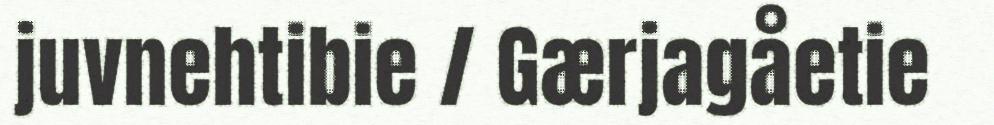
juvnehtibie / Gærjagåetie